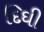
દિઘી